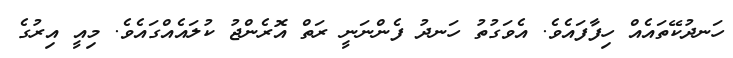
ހަނދުކޭތައެއް ހިފާފައެވެ. އެވަގުތު ހަނދު ފެންނަނީ ރަތް އޮރެންޖު ކުލައެއްގައެވެ. މިއީ އިރުގެ